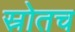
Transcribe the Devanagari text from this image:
स्रोतच